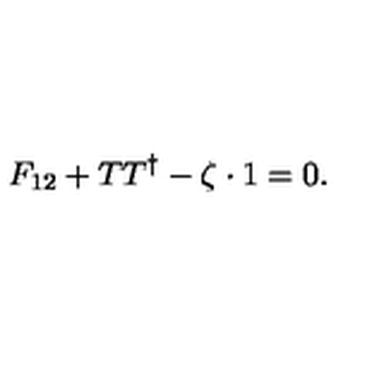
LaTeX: F _ { 1 2 } + T T ^ { \dagger } - \zeta \cdot 1 = 0 .